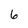
Character: 6